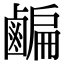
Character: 𪉱